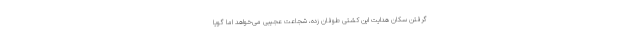
گرفتن سکان هدایت این کشتی طوفان زده، شجاعت عجیبی می‌خواهد اما گویا